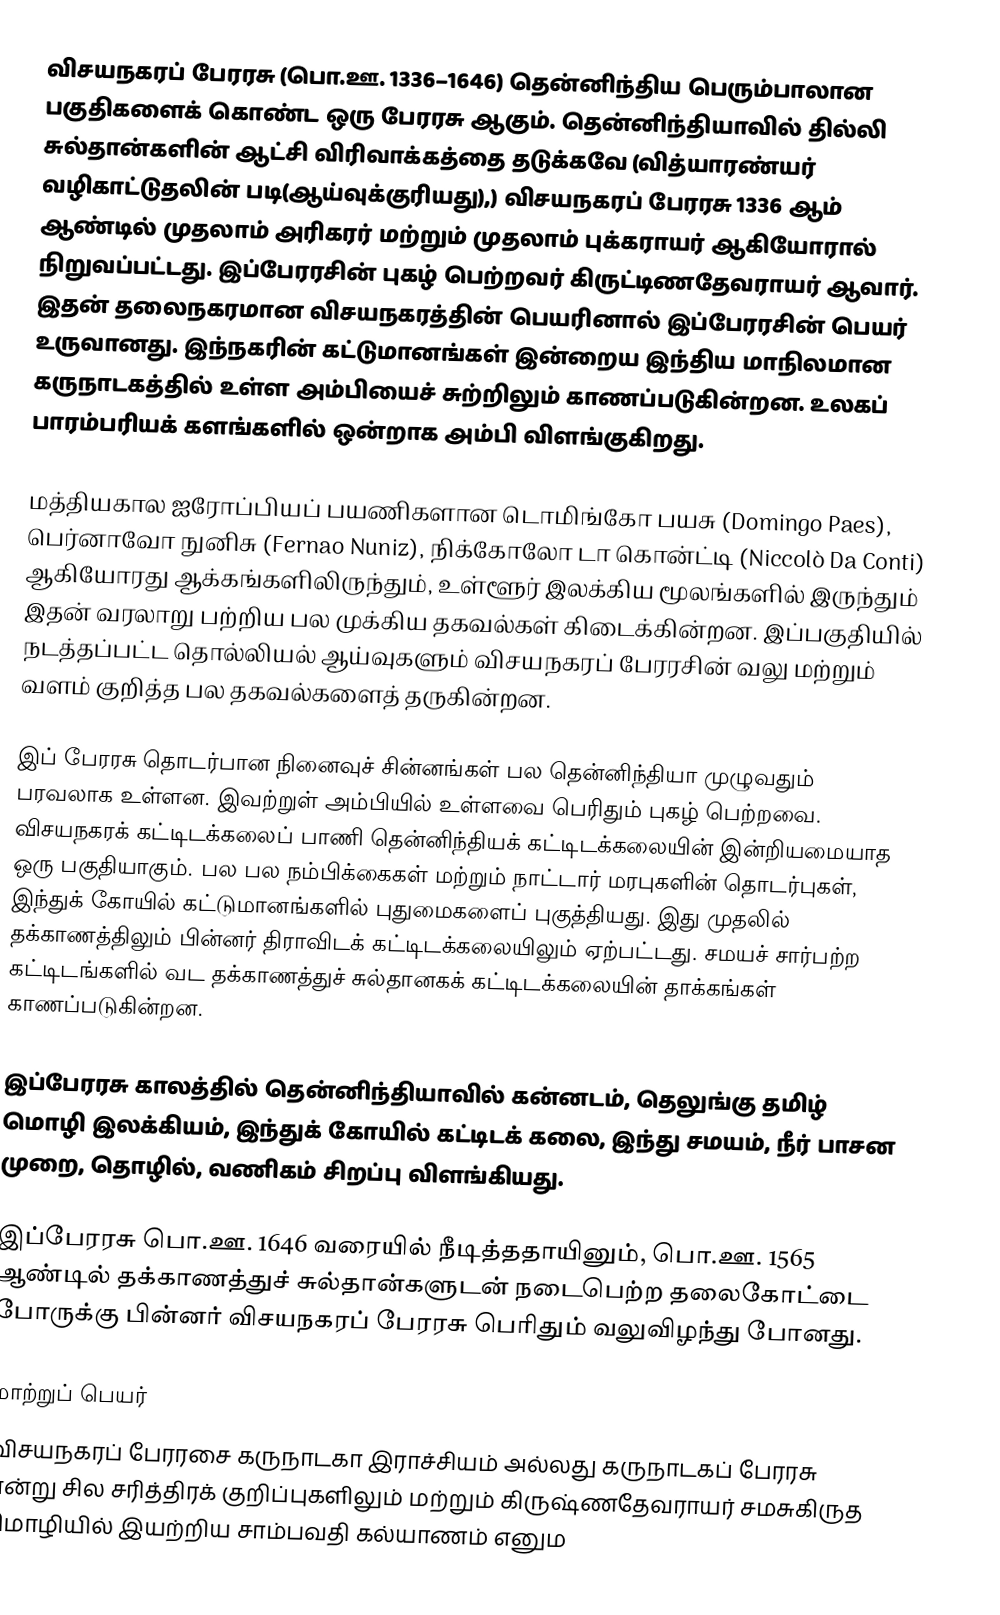
விசயநகரப் பேரரசு (பொ.ஊ. 1336–1646) தென்னிந்திய  பெரும்பாலான பகுதிகளைக் கொண்ட ஒரு பேரரசு ஆகும். தென்னிந்தியாவில் தில்லி சுல்தான்களின் ஆட்சி விரிவாக்கத்தை தடுக்கவே (வித்யாரண்யர் வழிகாட்டுதலின் படி(ஆய்வுக்குரியது),) விசயநகரப் பேரரசு 1336 ஆம் ஆண்டில் முதலாம் அரிகரர் மற்றும் முதலாம் புக்கராயர் ஆகியோரால் நிறுவப்பட்டது. இப்பேரரசின் புகழ் பெற்றவர் கிருட்டிணதேவராயர் ஆவார். இதன் தலைநகரமான விசயநகரத்தின் பெயரினால் இப்பேரரசின் பெயர் உருவானது. இந்நகரின் கட்டுமானங்கள் இன்றைய இந்திய மாநிலமான கருநாடகத்தில் உள்ள அம்பியைச் சுற்றிலும் காணப்படுகின்றன. உலகப் பாரம்பரியக் களங்களில் ஒன்றாக அம்பி விளங்குகிறது.

மத்தியகால ஐரோப்பியப் பயணிகளான டொமிங்கோ பயசு (Domingo Paes), பெர்னாவோ நுனிசு (Fernao Nuniz), நிக்கோலோ டா கொன்ட்டி (Niccolò Da Conti) ஆகியோரது ஆக்கங்களிலிருந்தும், உள்ளூர் இலக்கிய மூலங்களில் இருந்தும் இதன் வரலாறு பற்றிய பல முக்கிய தகவல்கள் கிடைக்கின்றன. இப்பகுதியில் நடத்தப்பட்ட தொல்லியல் ஆய்வுகளும் விசயநகரப் பேரரசின் வலு மற்றும் வளம் குறித்த பல தகவல்களைத் தருகின்றன.

இப் பேரரசு தொடர்பான நினைவுச் சின்னங்கள் பல தென்னிந்தியா முழுவதும் பரவலாக உள்ளன. இவற்றுள் அம்பியில் உள்ளவை பெரிதும் புகழ் பெற்றவை. விசயநகரக் கட்டிடக்கலைப் பாணி தென்னிந்தியக் கட்டிடக்கலையின் இன்றியமையாத ஒரு பகுதியாகும். பல பல நம்பிக்கைகள் மற்றும் நாட்டார் மரபுகளின் தொடர்புகள், இந்துக் கோயில் கட்டுமானங்களில் புதுமைகளைப் புகுத்தியது. இது முதலில் தக்காணத்திலும் பின்னர் திராவிடக் கட்டிடக்கலையிலும் ஏற்பட்டது. சமயச் சார்பற்ற கட்டிடங்களில் வட தக்காணத்துச் சுல்தானகக் கட்டிடக்கலையின் தாக்கங்கள் காணப்படுகின்றன.

இப்பேரரசு காலத்தில் தென்னிந்தியாவில் கன்னடம், தெலுங்கு தமிழ் மொழி இலக்கியம், இந்துக் கோயில் கட்டிடக் கலை, இந்து சமயம், நீர் பாசன முறை, தொழில், வணிகம் சிறப்பு விளங்கியது.

இப்பேரரசு பொ.ஊ. 1646 வரையில் நீடித்ததாயினும், பொ.ஊ. 1565 ஆண்டில்  தக்காணத்துச் சுல்தான்களுடன் நடைபெற்ற தலைகோட்டை போருக்கு  பின்னர் விசயநகரப் பேரரசு பெரிதும் வலுவிழந்து போனது.

மாற்றுப் பெயர்
விசயநகரப் பேரரசை கருநாடகா இராச்சியம் அல்லது கருநாடகப் பேரரசு என்று சில சரித்திரக் குறிப்புகளிலும் மற்றும் கிருஷ்ணதேவராயர் சமசுகிருத மொழியில் இயற்றிய சாம்பவதி கல்யாணம் எனும